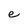
Character: e